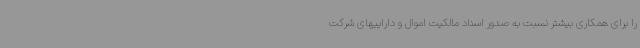
را برای همکاری بیشتر نسبت به صدور اسناد مالکیت اموال و داراییهای شرکت